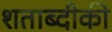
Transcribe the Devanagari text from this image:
शताब्दीकी